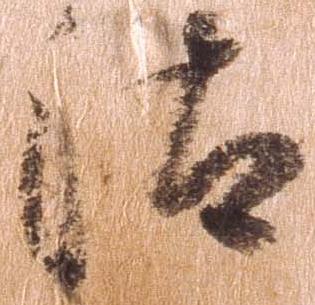
汰